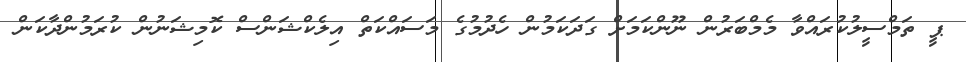
ޕީ ތަމްސީލުކުރައްވާ މެމްބަރުން ނޫންކަމަށް ގަދަކަމުން ހެދުމުގެ މަސައްކަތް އިލެކްޝަންސް ކޮމިޝަނުން ކުރަމުންދާކަން